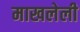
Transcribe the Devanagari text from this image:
माखलेली